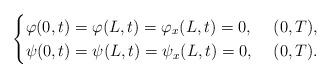
LaTeX: \begin{align*}\begin{cases}\varphi(0,t)= \varphi(L,t)=\varphi_x(L,t)=0, & \,\, (0,T),\\\psi(0,t)=\psi(L,t)=\psi_x(L,t)=0, & \,\, (0,T). \\\end{cases}\end{align*}